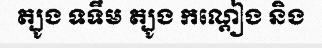
ត្បូង ទទឹម ត្បូង កណ្តៀង និង